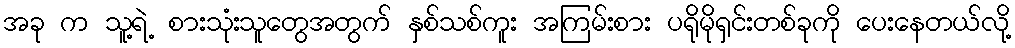
အခု က သူ့ရဲ့ စားသုံးသူတွေအတွက် နှစ်သစ်ကူး အကြမ်းစား ပရိုမိုရှင်းတစ်ခုကို ပေးနေတယ်လို့